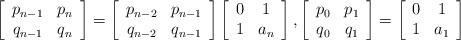
LaTeX: \begin{align*}\left[\begin{array}{cc}p_{n-1} & p_{n}\\ q_{n-1} & q_{n}\end{array}\right]=\left[\begin{array}{cc}p_{n-2} & p_{n-1}\\ q_{n-2} & q_{n-1}\end{array}\right]\left[\begin{array}{cc}0 & 1\\ 1 & a_{n}\end{array}\right],\left[\begin{array}{cc}p_{0} & p_{1}\\ q_{0} & q_{1}\end{array}\right]=\left[\begin{array}{cc}0 & 1\\ 1 & a_1\end{array}\right]\end{align*}